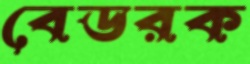
বেডরক